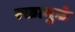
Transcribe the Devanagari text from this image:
रक्तामुळे